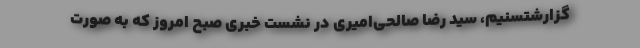
گزارشتسنیم، سید رضا صالحی‌امیری در نشست خبری صبح امروز که به صورت